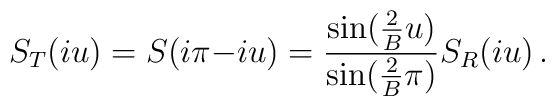
S_T(iu)=S(i\pi{-}iu)=\frac{\sin(\frac{2}{B}u)}{\sin(\frac{2}{B}\pi)}S_R(iu)\,.